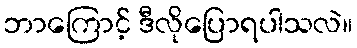
ဘာကြောင့် ဒီလိုပြောရပါသလဲ။